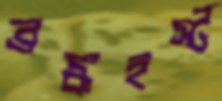
ব্রঙ্কহর্স্ট